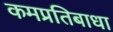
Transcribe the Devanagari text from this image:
कमप्रतिबाधा